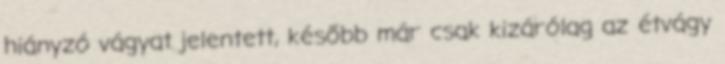
hiányzó vágyat jelentett, később már csak kizárólag az étvágy